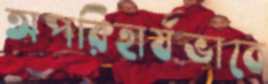
অপরিহার্যভাবে